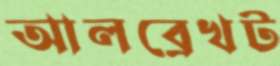
আলব্রেখট